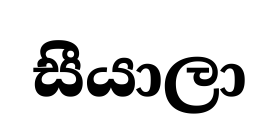
සීයාලා